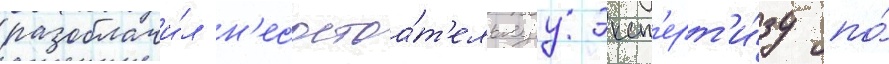
разоблачи́л н'есостоа́т'ельнуу эксп'ерт'и́зу по́